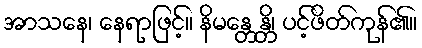
အာသနေ၊ နေရာဖြင့်။ နိမန္တေန္တိ၊ ပင့်ဖိတ်ကုန်၏။